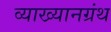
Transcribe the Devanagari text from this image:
व्याख्यानग्रंथ